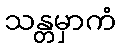
သန္တမှာကံ